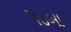
ગડબા